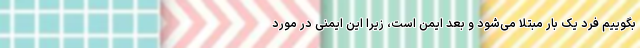
بگوییم فرد یک بار مبتلا می‌شود و بعد ایمن است، زیرا این ایمنی در مورد